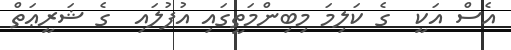
އެސް އަކީ  ގެ ކަލިމަ މިބިންމަތީގައި އުފުލައި  ގެ ޝަރީޢަތް